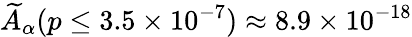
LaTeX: \widetilde{A}_{\alpha}(p\leq 3.5\times 10^{-7})\approx 8.9\times 10^{-18}